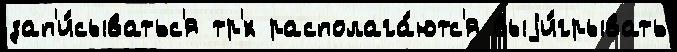
зап'и́сыватьс'я тр'́х располага́ютс'я выjи́грывать